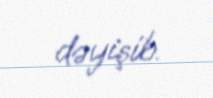
dəyişib.